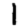
Digit: 1